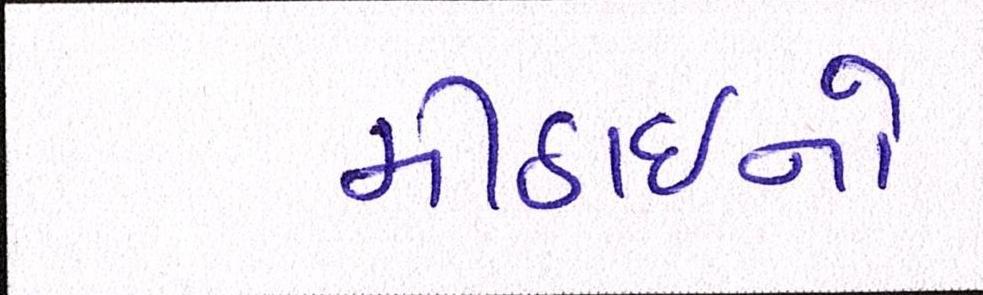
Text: મીઠાઈનો